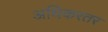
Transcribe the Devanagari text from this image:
अधिकरतर